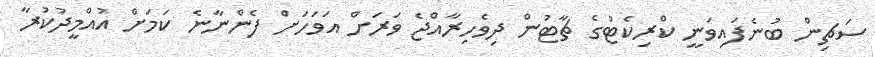
ސަޗިން ބުނެފައިވަނީ ކްރިކެޓުގެ ޗާޓުން ދިވެހިރާއްޖެ ވަރަށް އަވަހަށް ފެންނާނެ ކަމަށް އުއްމީދުކުރާ